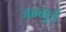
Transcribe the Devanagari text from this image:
जम्मूई